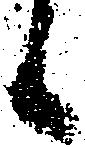
候